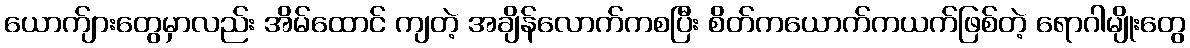
ယောက်ျားတွေမှာလည်း အိမ်ထောင် ကျတဲ့ အချိန်လောက်ကစပြီး စိတ်ကယောက်ကယက်ဖြစ်တဲ့ ရောဂါမျိုးတွေ